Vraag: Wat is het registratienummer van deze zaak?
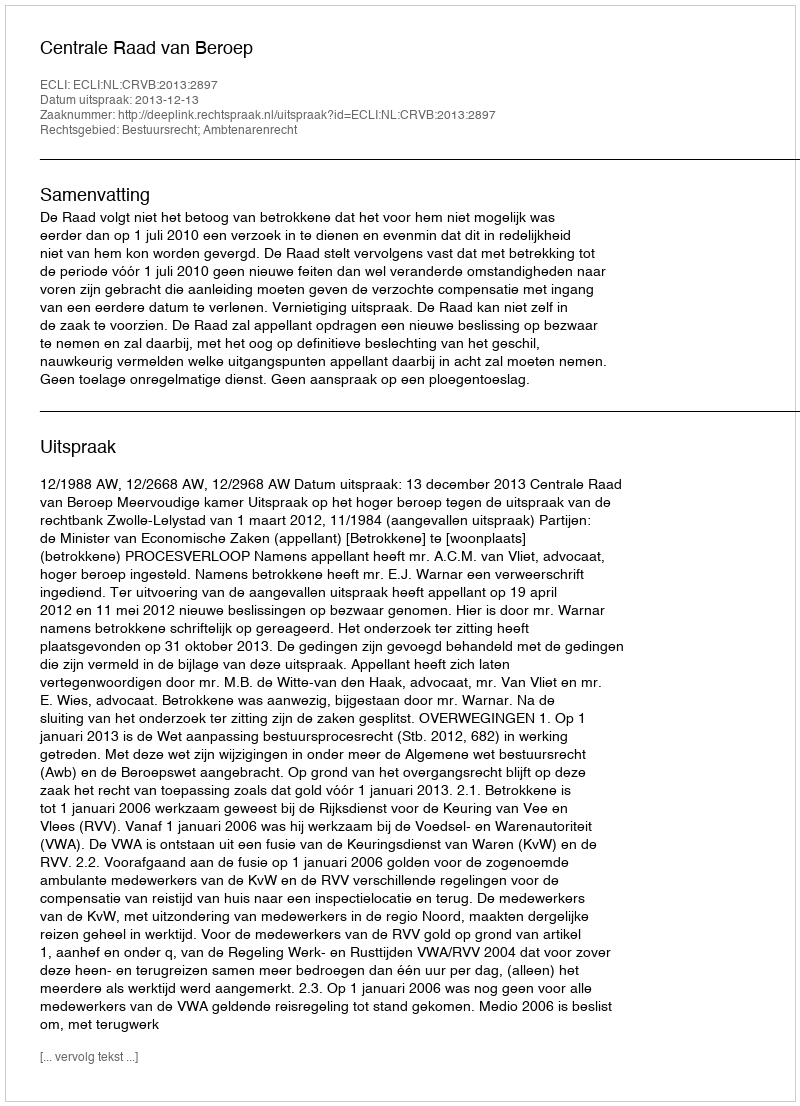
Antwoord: http://deeplink.rechtspraak.nl/uitspraak?id=ECLI:NL:CRVB:2013:2897